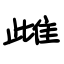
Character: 雌